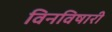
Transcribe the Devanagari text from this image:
विनविषारी